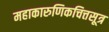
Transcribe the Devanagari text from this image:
महाकारुणिकचित्तसूत्र